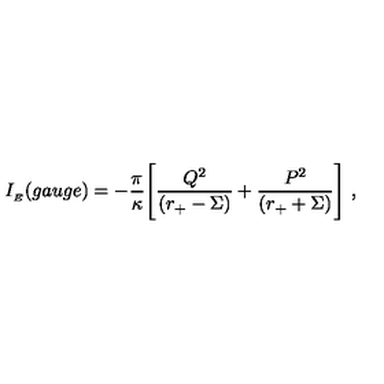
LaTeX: I _ { \phantom { } _ { E } } ( g a u g e ) = - \frac { \pi } { \kappa } \Biggl [ \frac { Q ^ { 2 } } { ( r _ { + } - \Sigma ) } + \frac { P ^ { 2 } } { ( r _ { + } + \Sigma ) } \Biggr ] \ ,